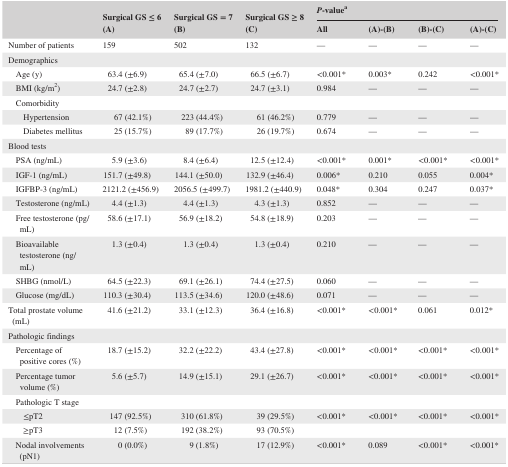
<table><thead><tr><td rowspan="2"></td><td rowspan="2"><b>Surgical GS ≤ 6 (A)</b></td><td rowspan="2"><b>Surgical GS = 7 (B)</b></td><td rowspan="2"><b>Surgical GS ≥ 8 (C)</b></td><td colspan="4"><b><i>P</i>‐valuea</b></td></tr><tr><td><b>All</b></td><td><b>(A)‐(B)</b></td><td><b>(B)‐(C)</b></td><td><b>(A)‐(C)</b></td></tr></thead><tbody><tr><td>Number of patients</td><td>159</td><td>502</td><td>132</td><td>—</td><td>—</td><td>—</td><td>—</td></tr><tr><td colspan="8">Demographics</td></tr><tr><td>Age (y)</td><td>63.4 (±6.9)</td><td>65.4 (±7.0)</td><td>66.5 (±6.7)</td><td>&lt;0.001*</td><td>0.003*</td><td>0.242</td><td>&lt;0.001*</td></tr><tr><td>BMI (kg/m<sup>2</sup>)</td><td>24.7 (±2.8)</td><td>24.7 (±2.7)</td><td>24.7 (±3.1)</td><td>0.984</td><td>—</td><td>—</td><td>—</td></tr><tr><td colspan="8">Comorbidity</td></tr><tr><td>Hypertension</td><td>67 (42.1%)</td><td>223 (44.4%)</td><td>61 (46.2%)</td><td>0.779</td><td>—</td><td>—</td><td>—</td></tr><tr><td>Diabetes mellitus</td><td>25 (15.7%)</td><td>89 (17.7%)</td><td>26 (19.7%)</td><td>0.674</td><td>—</td><td>—</td><td>—</td></tr><tr><td colspan="8">Blood tests</td></tr><tr><td>PSA (ng/mL)</td><td>5.9 (±3.6)</td><td>8.4 (±6.4)</td><td>12.5 (±12.4)</td><td>&lt;0.001*</td><td>0.001*</td><td>&lt;0.001*</td><td>&lt;0.001*</td></tr><tr><td>IGF‐1 (ng/mL)</td><td>151.7 (±49.8)</td><td>144.1 (±50.0)</td><td>132.9 (±46.4)</td><td>0.006*</td><td>0.210</td><td>0.055</td><td>0.004*</td></tr><tr><td>IGFBP‐3 (ng/mL)</td><td>2121.2 (±456.9)</td><td>2056.5 (±499.7)</td><td>1981.2 (±440.9)</td><td>0.048*</td><td>0.304</td><td>0.247</td><td>0.037*</td></tr><tr><td>Testosterone (ng/mL)</td><td>4.4 (±1.3)</td><td>4.4 (±1.3)</td><td>4.3 (±1.3)</td><td>0.852</td><td>—</td><td>—</td><td>—</td></tr><tr><td>Free testosterone (pg/mL)</td><td>58.6 (±17.1)</td><td>56.9 (±18.2)</td><td>54.8 (±18.9)</td><td>0.203</td><td>—</td><td>—</td><td>—</td></tr><tr><td>Bioavailable testosterone (ng/mL)</td><td>1.3 (±0.4)</td><td>1.3 (±0.4)</td><td>1.3 (±0.4)</td><td>0.210</td><td>—</td><td>—</td><td>—</td></tr><tr><td>SHBG (nmol/L)</td><td>64.5 (±22.3)</td><td>69.1 (±26.1)</td><td>74.4 (±27.5)</td><td>0.060</td><td>—</td><td>—</td><td>—</td></tr><tr><td>Glucose (mg/dL)</td><td>110.3 (±30.4)</td><td>113.5 (±34.6)</td><td>120.0 (±48.6)</td><td>0.071</td><td>—</td><td>—</td><td>—</td></tr><tr><td>Total prostate volume (mL)</td><td>41.6 (±21.2)</td><td>33.1 (±12.3)</td><td>36.4 (±16.8)</td><td>&lt;0.001*</td><td>&lt;0.001*</td><td>0.061</td><td>0.012*</td></tr><tr><td colspan="8">Pathologic findings</td></tr><tr><td>Percentage of positive cores (%)</td><td>18.7 (±15.2)</td><td>32.2 (±22.2)</td><td>43.4 (±27.8)</td><td>&lt;0.001*</td><td>&lt;0.001*</td><td>&lt;0.001*</td><td>&lt;0.001*</td></tr><tr><td>Percentage tumor volume (%)</td><td>5.6 (±5.7)</td><td>14.9 (±15.1)</td><td>29.1 (±26.7)</td><td>&lt;0.001*</td><td>&lt;0.001*</td><td>&lt;0.001*</td><td>&lt;0.001*</td></tr><tr><td colspan="8">Pathologic T stage</td></tr><tr><td>≤pT2</td><td>147 (92.5%)</td><td>310 (61.8%)</td><td>39 (29.5%)</td><td>&lt;0.001*</td><td>&lt;0.001*</td><td>&lt;0.001*</td><td>&lt;0.001*</td></tr><tr><td>≥pT3</td><td>12 (7.5%)</td><td>192 (38.2%)</td><td>93 (70.5%)</td><td></td><td></td><td></td><td></td></tr><tr><td>Nodal involvements (pN1)</td><td>0 (0.0%)</td><td>9 (1.8%)</td><td>17 (12.9%)</td><td>&lt;0.001*</td><td>0.089</td><td>&lt;0.001*</td><td>&lt;0.001*</td></tr></tbody></table>